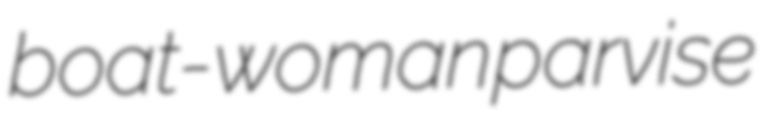
boat-woman parvise